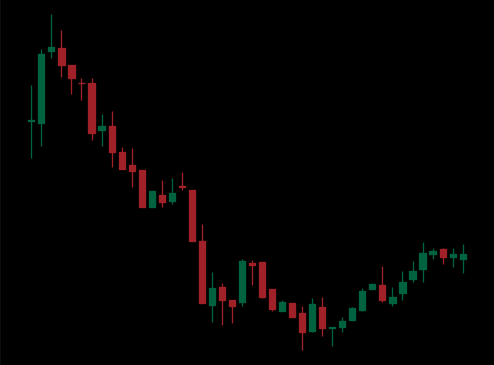
Pattern: bull_flag